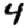
Digit: 4